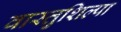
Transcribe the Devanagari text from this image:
वास्तुशिल्पा